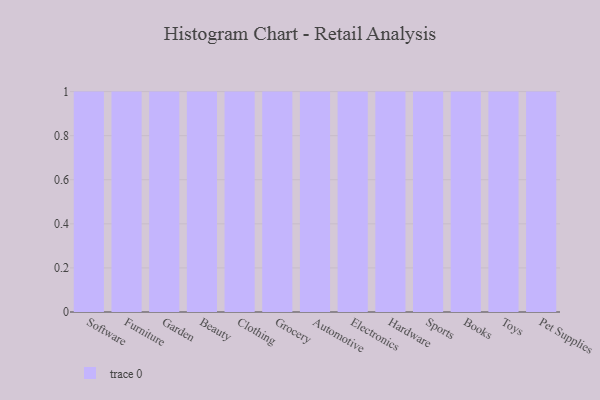
{"axis": {"x": "Category", "y": "Backlog"}, "legend": [""], "data": [{"x": "Software", "y": 56, "type": ""}, {"x": "Furniture", "y": 47, "type": ""}, {"x": "Garden", "y": 10, "type": ""}, {"x": "Beauty", "y": 54, "type": ""}, {"x": "Clothing", "y": 15, "type": ""}, {"x": "Grocery", "y": 59, "type": ""}, {"x": "Automotive", "y": 32, "type": ""}, {"x": "Electronics", "y": 48, "type": ""}, {"x": "Hardware", "y": 13, "type": ""}, {"x": "Sports", "y": 21, "type": ""}, {"x": "Books", "y": 92, "type": ""}, {"x": "Toys", "y": 93, "type": ""}, {"x": "Pet Supplies", "y": 94, "type": ""}]}